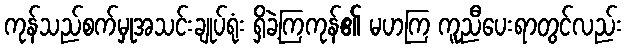
ကုန်သည်စက်မှုအသင်းချုပ်ရုံး ရှိခဲ့ကြကုန်၏ မဟကြ ကူညီပေးရာတွင်လည်း